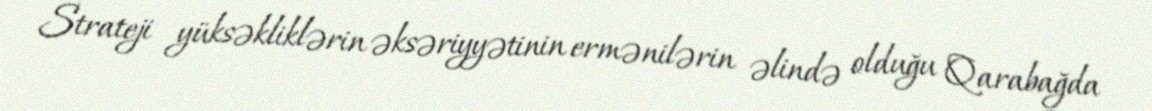
Strateji yüksəkliklərin əksəriyyətinin ermənilərin əlində olduğu Qarabağda